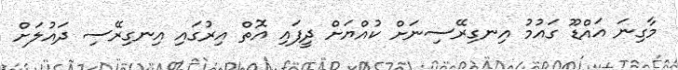
މާގިނަ އައްޑޫ ގައުމު އިނގިރޭސިނަށް ކުއްޔަށް ދީފައި އޮތް އިރުގައި އިނގިރޭސި ދައުލަށް